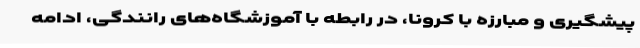
پیشگیری و مبارزه با کرونا، در رابطه با آموزشگاه‌های رانندگی، ادامه